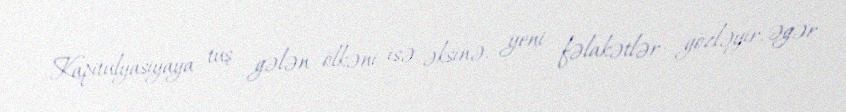
Kapitulyasiyaya tuş gələn ölkəni isə əksinə, yeni fəlakətlər gözləyir, əgər